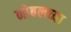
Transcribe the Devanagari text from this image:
नोबलच्या